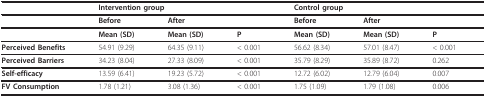
|  | <COLSPAN=2> Intervention group |  | <COLSPAN=2> Control group |  |
 | --- | --- | --- | --- | --- | --- | --- |
 |  | Before | After |  | Before | After |  |
 |  | Mean (SD) | Mean (SD) | P | Mean (SD) | Mean (SD) | P |
 | Perceived Benefits | 54.91 (9.29) | 64.35 (9.11) | < 0.001 | 56.62 (8.34) | 57.01 (8.47) | < 0.001 |
 | Perceived Barriers | 34.23 (8.04) | 27.33 (8.09) | < 0.001 | 35.79 (8.29) | 35.89 (8.72) | 0.262 |
 | Self-efficacy | 13.59 (6.41) | 19.23 (5.72) | < 0.001 | 12.72 (6.02) | 12.79 (6.04) | 0.007 |
 | FV Consumption | 1.78 (1.21) | 3.08 (1.36) | < 0.001 | 1.75 (1.09) | 1.79 (1.08) | 0.006 |